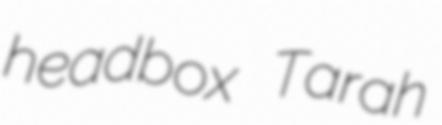
headbox Tarah